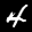
Label: 4